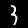
Digit: 3